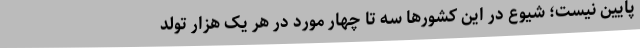
پایین نیست؛ شیوع در این کشورها سه تا چهار مورد در هر یک هزار تولد